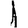
Digit: 1